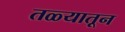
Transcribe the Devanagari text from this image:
तळ्यातून